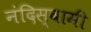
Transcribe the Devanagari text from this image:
नंदिस्वामी